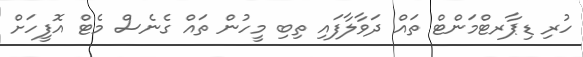
ހުރި ޑިޕާރޓްމަންޓް ތައް ދަވާލާފައި ތިބި މީހުން ތައް ގެނެސް މެޓް އޮފީހަށް